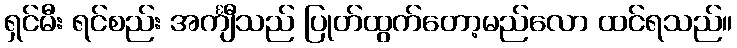
ရှင်မီး ရင်စည်း အင်္ကျီသည် ပြုတ်ထွက်တော့မည်လော ထင်ရသည်။